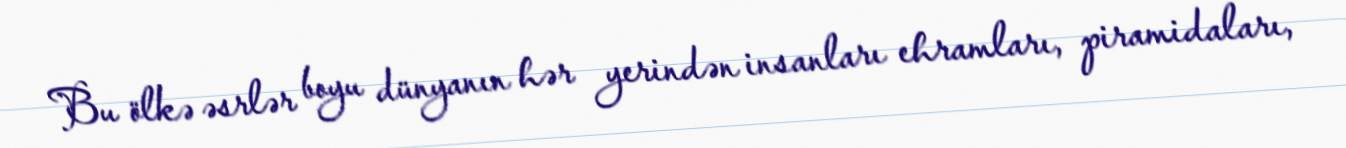
Bu ölkə əsrlər boyu dünyanın hər yerindən insanları ehramları, piramidaları,